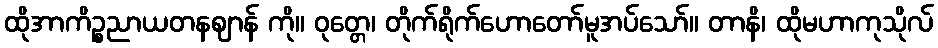
ထိုအာကိဉ္စညာယတနဈာန် ကို။ ဝုတ္တေ၊ တိုက်ရိုက်ဟောတော်မူအပ်သော်။ တာနိ၊ ထိုမဟာကုသိုလ်